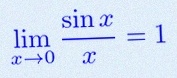
\lim_{x\to0}\frac{\sin x}{x}=1